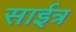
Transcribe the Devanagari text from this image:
साईत्र